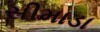
સીમાડા